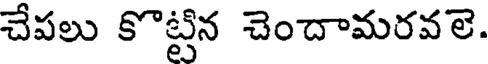
చేపలు కొట్టిన చెందామరవలె.